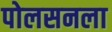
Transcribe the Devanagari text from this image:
पोलसनला